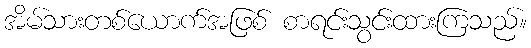
အိမ်သားတစ်ယောက်အဖြစ် စာရင်းသွင်းထားကြသည်။